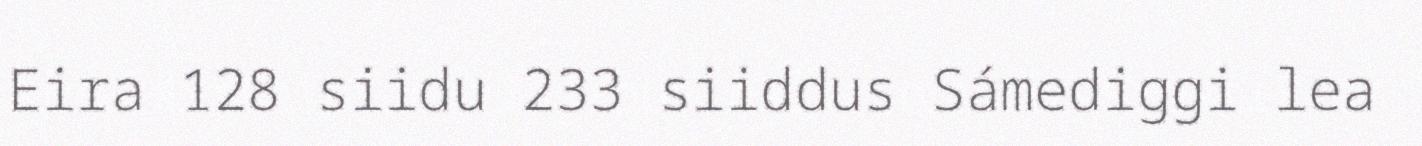
Eira 128 siidu 233 siiddus Sámediggi lea